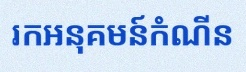
រកអនុគមន៍កំណើន